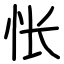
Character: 怅